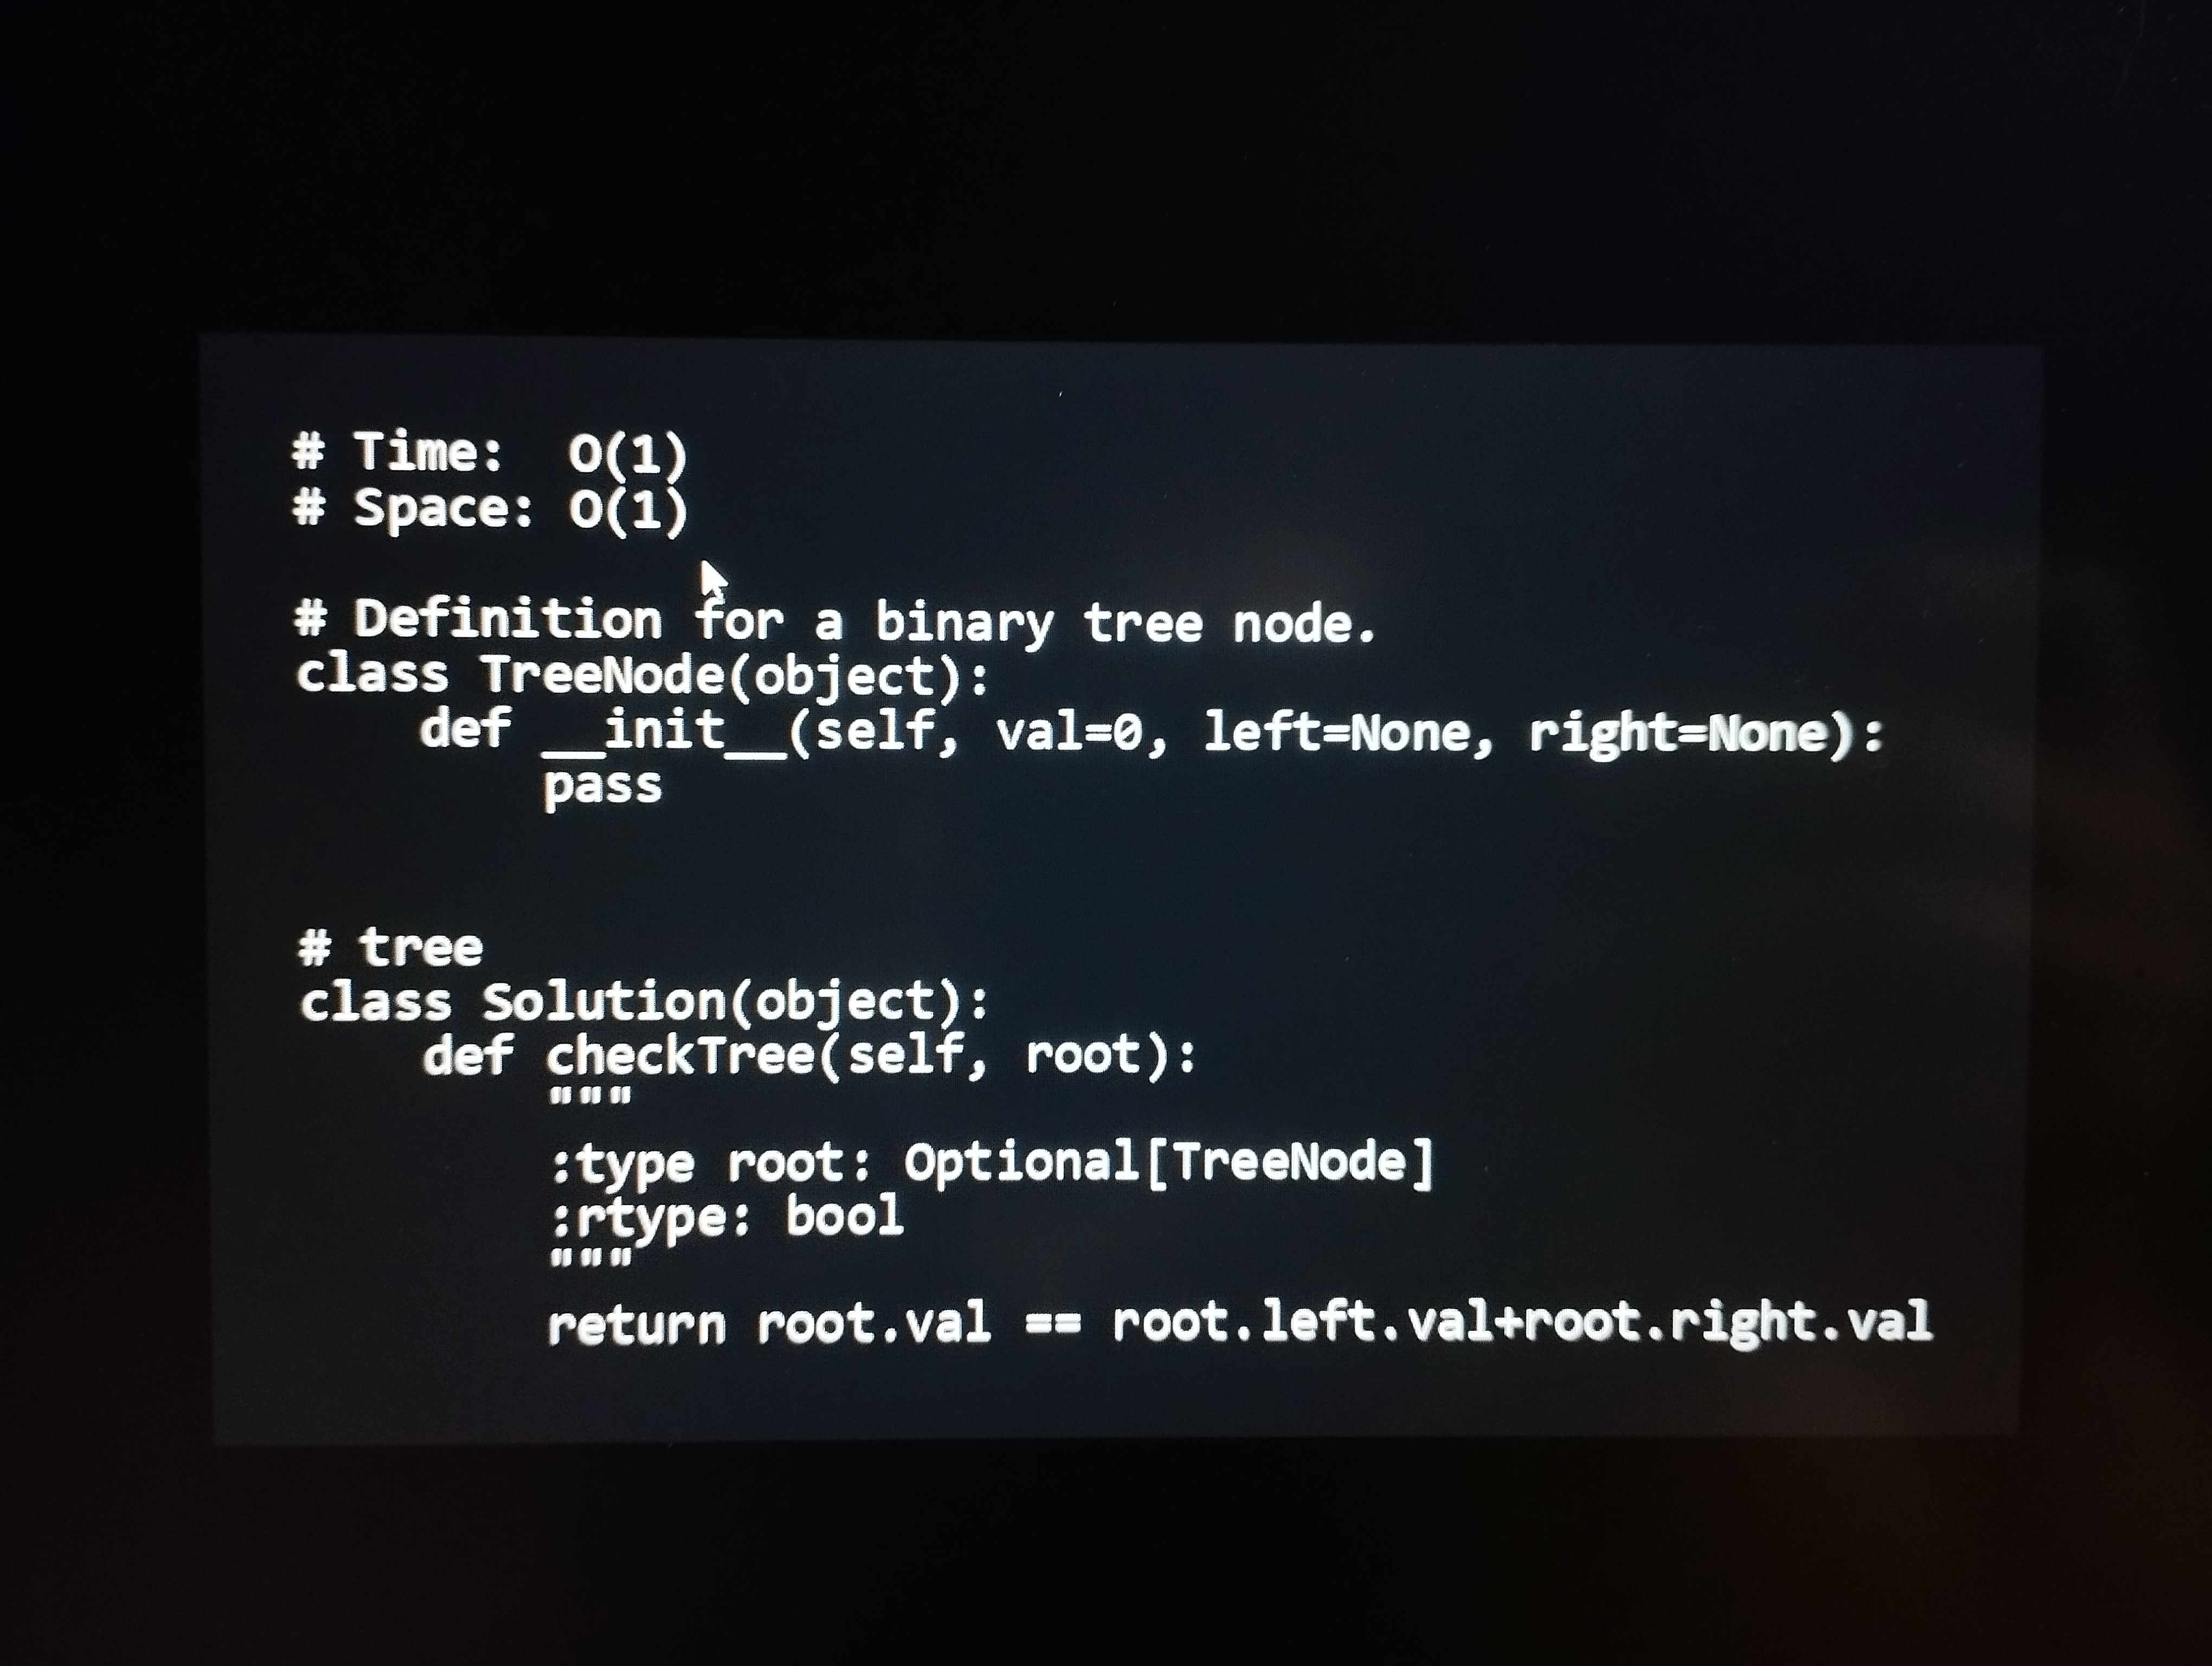
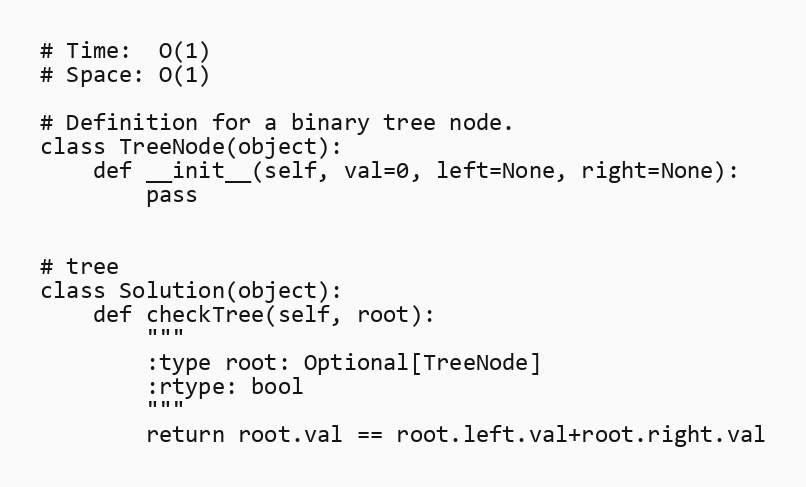
# Time:  O(1)
# Space: O(1)

# Definition for a binary tree node.
class TreeNode(object):
    def __init__(self, val=0, left=None, right=None):
        pass

# tree
class Solution(object):
    def checkTree(self, root):
        """
        :type root: Optional[TreeNode]
        :rtype: bool
        """
        return root.val == root.left.val+root.right.val